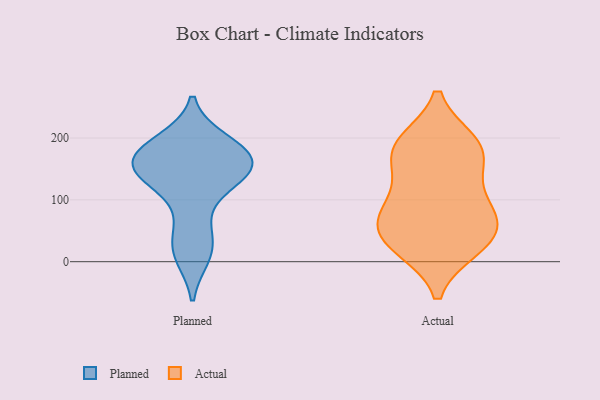
{"axis": {"x": "Churn Rate (%)", "y": "Value"}, "legend": ["Actual", "Planned"], "data": [{"x": "", "y": 154, "type": "Planned"}, {"x": "", "y": 134, "type": "Planned"}, {"x": "", "y": 176, "type": "Planned"}, {"x": "", "y": 186, "type": "Planned"}, {"x": "", "y": 162, "type": "Planned"}, {"x": "", "y": 166, "type": "Planned"}, {"x": "", "y": 194, "type": "Planned"}, {"x": "", "y": 21, "type": "Planned"}, {"x": "", "y": 129, "type": "Planned"}, {"x": "", "y": 140, "type": "Planned"}, {"x": "", "y": 10, "type": "Planned"}, {"x": "", "y": 61, "type": "Planned"}, {"x": "", "y": 192, "type": "Actual"}, {"x": "", "y": 23, "type": "Actual"}, {"x": "", "y": 50, "type": "Actual"}, {"x": "", "y": 82, "type": "Actual"}, {"x": "", "y": 23, "type": "Actual"}, {"x": "", "y": 183, "type": "Actual"}, {"x": "", "y": 146, "type": "Actual"}, {"x": "", "y": 107, "type": "Actual"}, {"x": "", "y": 191, "type": "Actual"}, {"x": "", "y": 37, "type": "Actual"}, {"x": "", "y": 64, "type": "Actual"}, {"x": "", "y": 78, "type": "Actual"}, {"x": "", "y": 174, "type": "Actual"}]}